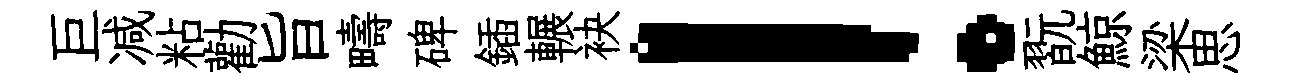
巨减粘勸旨疇碑鍤輾袂！翫鯨梁思